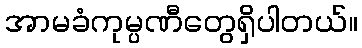
အာမခံကုမ္ပဏီတွေရှိပါတယ်။